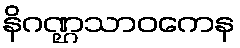
နိဂဏ္ဌသာဝကေန